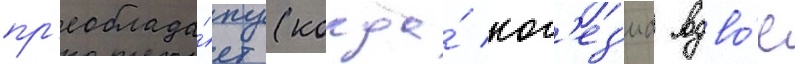
пр'еоблада́ет (когда́ ког'ез'иа вдво́е